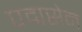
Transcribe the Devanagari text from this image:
पद्मसेन